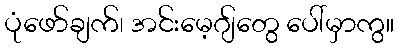
ပုံဖော်ချက်၊ အင်းမေ့ဂျ်တွေ ပေါ်မှာကွ။